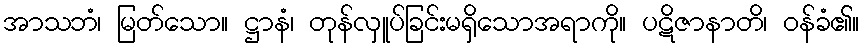
အာသဘံ၊ မြတ်သော။ ဋ္ဌာနံ၊ တုန်လှူပ်ခြင်းမရှိသောအရာကို။ ပဋိဇာနာတိ၊ ဝန်ခံ၏။